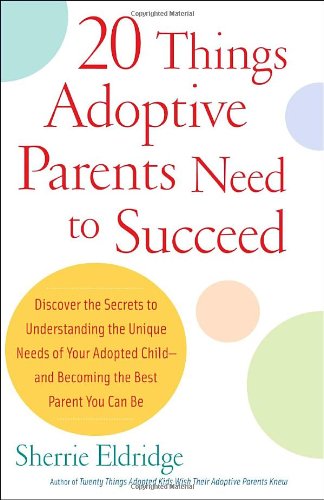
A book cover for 20 Things Adoptive Parents Need to Succeed..Discover the Unique Need of Your Adopted Child and Become the Best Parent You Can; Sherrie Eldridge; Parenting & Relationships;